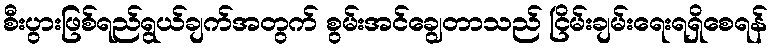
စီးပွားဖြစ်ရည်ရွယ်ချက်အတွက် စွမ်းအင်ချွေတာသည် ငြိမ်းချမ်းရေးရရှိစေရန်